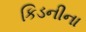
કિડનીના